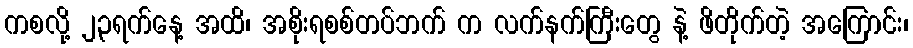
ကစလို့ ၂၃ရက်နေ့ အထိ၊ အစိုးရစစ်တပ်ဘက် က လက်နက်ကြီးတွေ နဲ့ ဖိတိုက်တဲ့ အကြောင်း၊